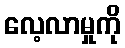
လေ့လာမှုကို